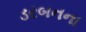
ડરબનના